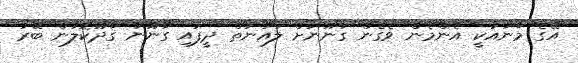
އޭގެ މާނައަކީ އެންމެން ވެގެން ގާނޫނަށް ލައުނަތް ދީފައި ގާނޫނު ގާދޫކޮލުން ބޭރު